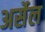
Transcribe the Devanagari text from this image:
अर्सेल